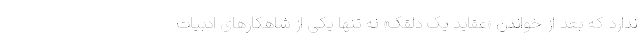
ندارد که بعد از خواندن «عقاید یک دلقک» نه تنها یکی از شاهکارهای ادبیات